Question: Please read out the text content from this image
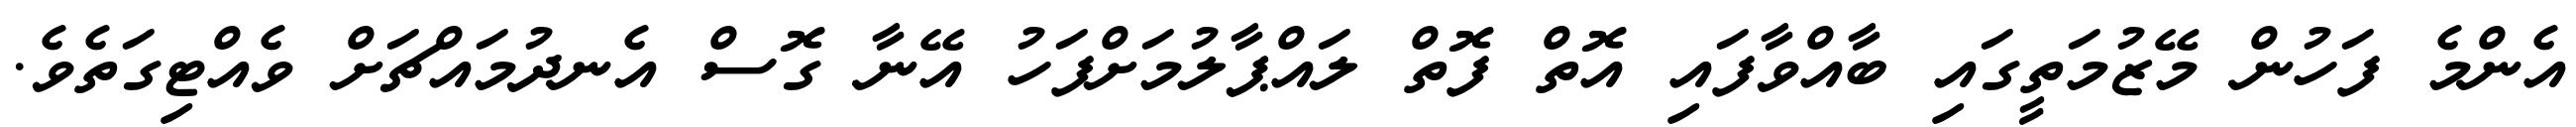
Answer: އެންމެ ފަހުން މޭޒުމަތީގައި ބާއްވާފައި އޮތް ފޮތް ލައްޕާލުމަށްފަހު އޭނާ ގޮސް އެނދުމައްޗަށް ވެއްޓިގަތެވެ.